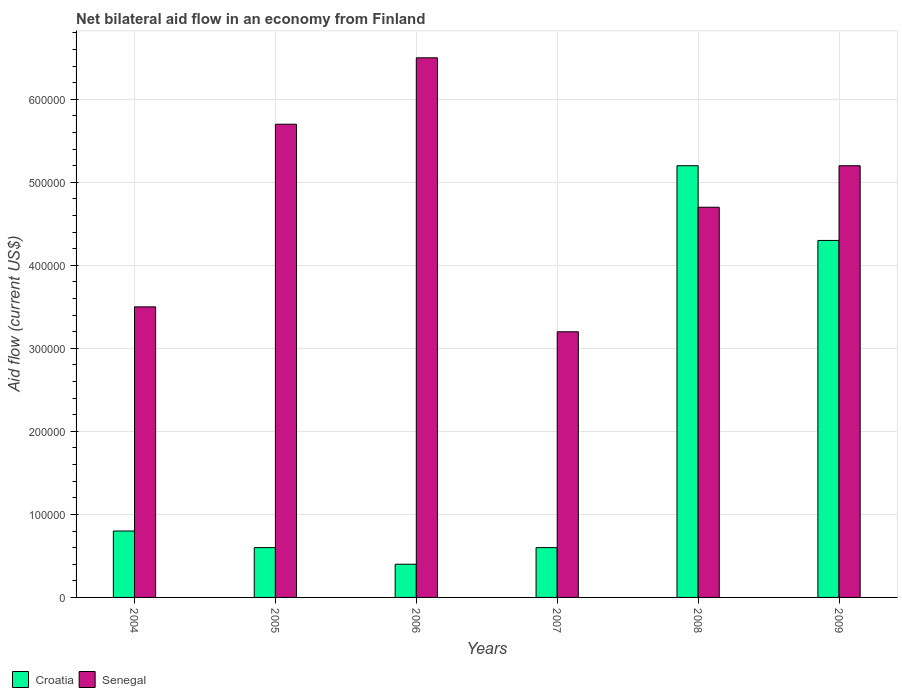
| Years | Croatia | Senegal |
 | --- | --- | --- |
 | 2004 | 8e+04 | 3.5e+05 |
 | 2005 | 6e+04 | 5.7e+05 |
 | 2006 | 4e+04 | 6.5e+05 |
 | 2007 | 6e+04 | 3.2e+05 |
 | 2008 | 5.2e+05 | 4.7e+05 |
 | 2009 | 4.3e+05 | 5.2e+05 |